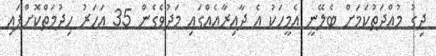
ދިގު މުއްދަތުކަމަށް ބެލޭނީ އެމީހަކު އެ ދާއިރާއެއްގައި މަދުވެގެން 35 އަހަރު ހިދުމަތްކޮށްފައި